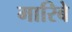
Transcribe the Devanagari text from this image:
मारिबे